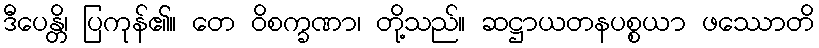
ဒီပေန္တိ၊ ပြကုန်၏။ တေ ဝိစက္ခဏာ၊ တို့သည်။ ဆဋ္ဌာယတနပစ္စယာ ဖဿောတိ